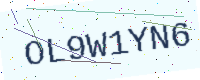
Text: OL9W1YN6